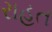
રાહત